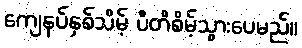
ကျေနပ်နှစ်သိမ့် ပီတိစိမ့်သွားပေမည်။